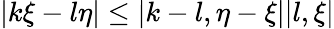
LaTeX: |k\xi-l\eta|\leq|k-l,\eta-\xi||l,\xi|